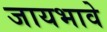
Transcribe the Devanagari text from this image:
जायभावे